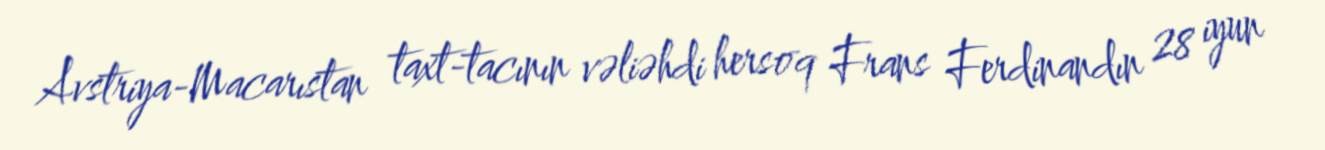
Avstriya-Macarıstan taxt-tacının vəliəhdi hersoq Frans Ferdinandın 28 iyun